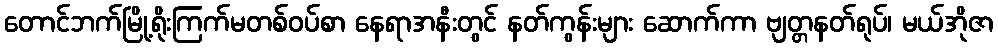
တောင်ဘက်မြို့ရိုးကြက်မတစ်ဝပ်စာ နေရာအနီးတွင် နတ်ကွန်းများ ဆောက်ကာ ဗျတ္တနတ်ရုပ်၊ မယ်အိုဇာ